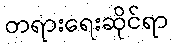
တရားရေးဆိုင်ရာ